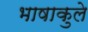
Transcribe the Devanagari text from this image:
भाषाकुले